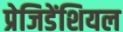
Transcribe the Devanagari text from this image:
प्रेजिडेंशियल